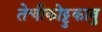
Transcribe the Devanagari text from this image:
तेचीकोट्टुकावु